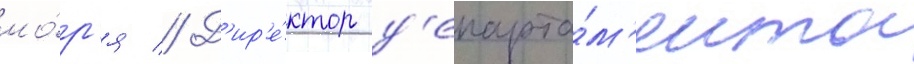
мо́р'я // Д'ир'е́ктор д'епарта́м'ента